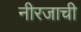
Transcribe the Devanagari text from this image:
नीरजाची